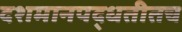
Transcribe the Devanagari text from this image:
दशमानपद्धतीतच